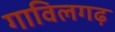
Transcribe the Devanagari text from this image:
गाविलगढ़